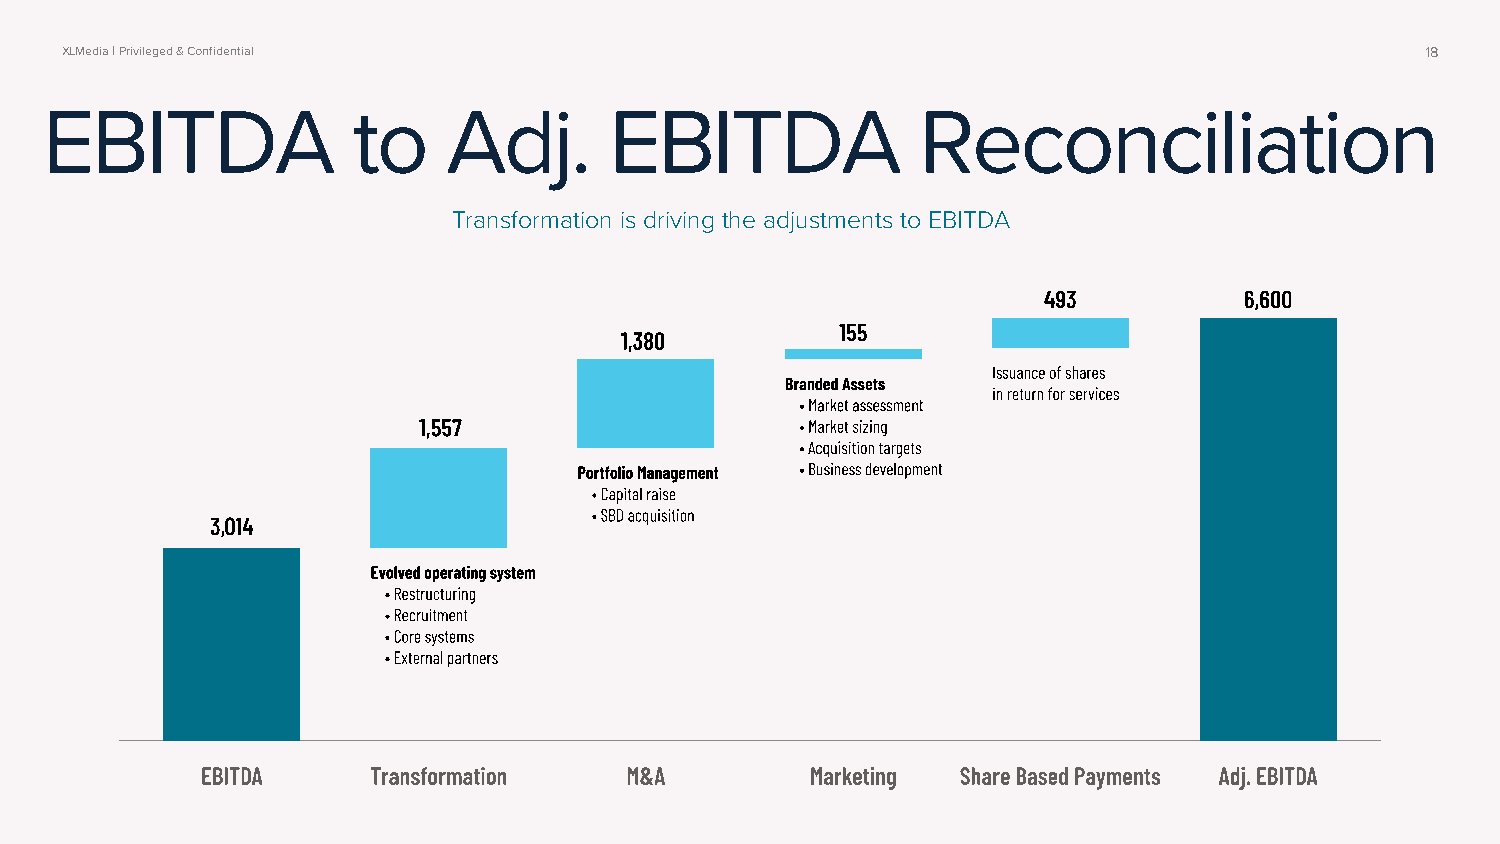
XLMedia | Privileged & Confidential                                                       18
 EBITDA              to     Adj.      EBITDA               Reconciliation
 Transformation is driving the adjustments to EBITDA